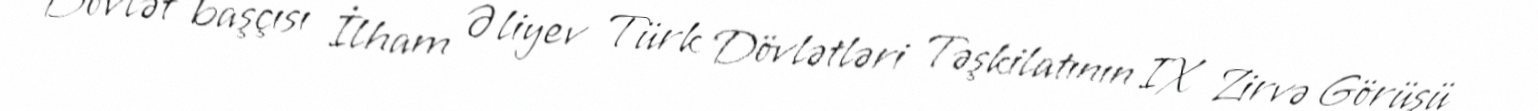
Dövlət başçısı İlham Əliyev Türk Dövlətləri Təşkilatının IX Zirvə Görüşü